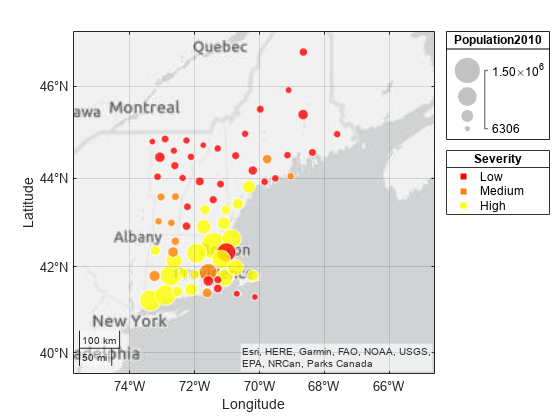
matlab, geobubble